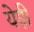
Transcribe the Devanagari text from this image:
येड़ी